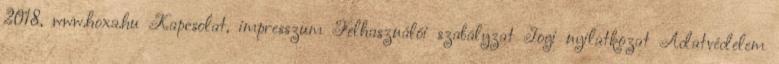
2018, www.hoxa.hu Kapcsolat, impresszum Felhasználói szabályzat Jogi nyilatkozat Adatvédelem